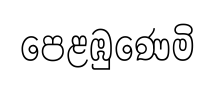
පෙළඹුණෙමි